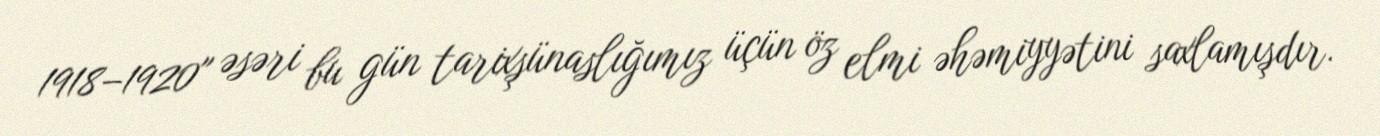
1918–1920" əsəri bu gün tarixşünaslığımız üçün öz elmi əhəmiyyətini saxlamışdır.